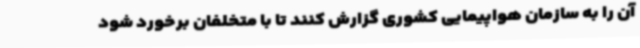
آن را به سازمان هواپیمایی کشوری گزارش کنند تا با متخلفان برخورد شود